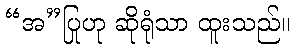
“အ”ပြုဟု ဆိုရုံသာ ထူးသည်။